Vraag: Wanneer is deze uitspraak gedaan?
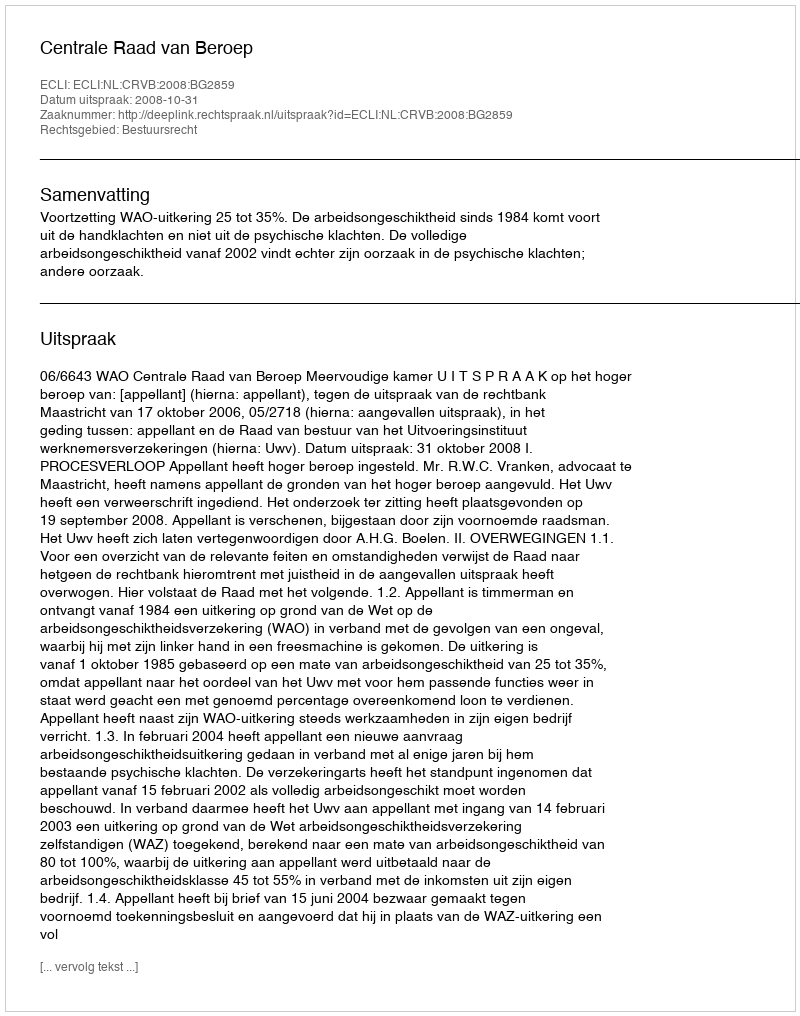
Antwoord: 2008-10-31